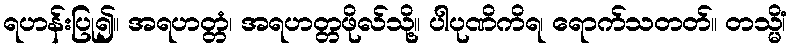
ရဟန်းပြု၍။ အရဟတ္တံ၊ အရဟတ္တဖိုလ်သို့။ ပါပုဏိကိရ၊ ရောက်သတတ်။ တသ္မိံ၊